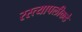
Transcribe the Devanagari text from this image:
रस्त्यापलीकडे